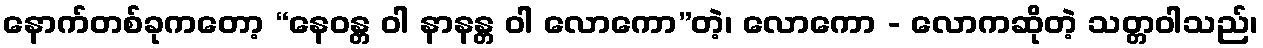
နောက်တစ်ခုကတော့ “နေဝန္တ ဝါ နာနန္တ ဝါ လောကော”တဲ့၊ လောကော - လောကဆိုတဲ့ သတ္တဝါသည်၊